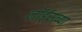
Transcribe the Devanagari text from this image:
लॉर्ड्‌सच्या